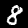
Label: 8